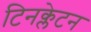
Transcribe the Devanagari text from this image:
टिनक्लेटन